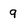
Character: 9